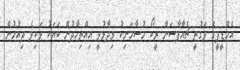
އެމްޑީޕީގެ ވަގުތީ ޗެއާޕާސަން ރީކޯ މުސާމަނިކު ވިދާޅުވީ އިއްތިހާދުން ބަޔަކު ވަކިވެ ދިއުމުން